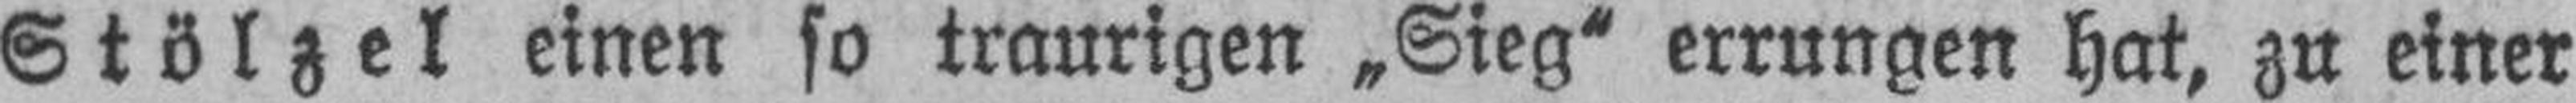
Stölzel einen so traurigen „Sieg“ errungen hat, zu einer